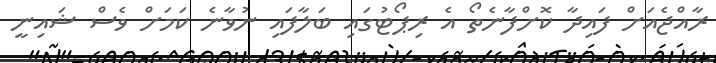
ރާއްޖެއަށް ފައިދާ ކޮށްފާނެތޯ އެ ރިޕޯޓުގައި ބަލާފައި ނުވާނެ ކަމަށް ވެސް ޝައިނީ